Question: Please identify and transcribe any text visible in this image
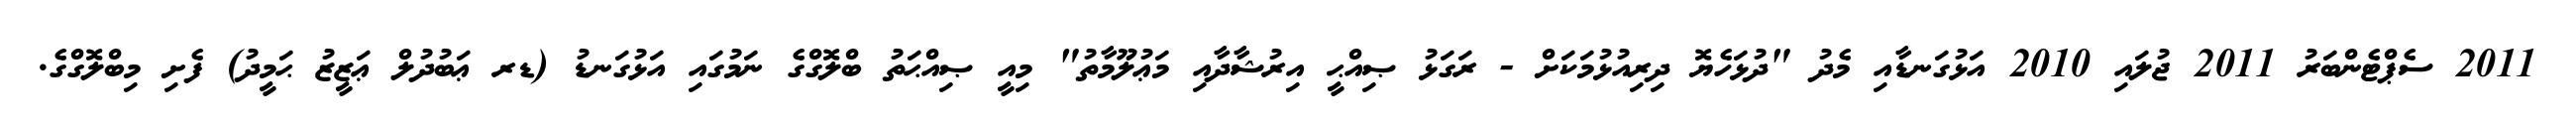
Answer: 2011 ސެޕްޓެންބަރު 2011 ޖުލައި 2010 އަޅުގަނޑާއި މެދު "ދުޅަހެޔޮ ދިރިއުޅުމަކަށް - ރަގަޅު ޞިއްޙީ އިރުޝާދާއި މަޢުލޫމާތު" މިއީ ޞިއްޙަތު ބްލޮގްގެ ނަމުގައި އަޅުގަނޑު (ޑރ ޢަބުދުލް ޢަޒީޒު ޙަމީދު) ފެށި މިބްލޮގްގެ.